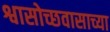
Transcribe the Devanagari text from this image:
श्वासोच्छवासाच्या